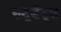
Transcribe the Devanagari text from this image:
सटूडेंट्स